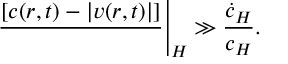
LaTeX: { \left. { \frac { \d [ c ( r , t ) - | v ( r , t ) | ] } { \d r } } \right| _ { H } \gg { \frac { \dot { c } _ { H } } { c _ { H } } } } .